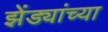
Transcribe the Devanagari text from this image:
झेंड्यांच्या